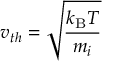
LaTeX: v _ { t h } = { \sqrt { \frac { k _ { \mathrm { { B } } } T } { m _ { i } } } }